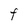
Character: F